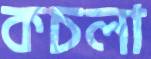
কচলা